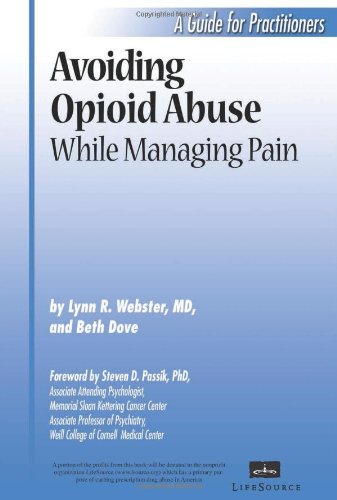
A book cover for Avoiding Opioid Abuse While Managing Pain - A Guide for Practitioners; Lynn R. Webster M.D. and Beth Dove; Health, Fitness & Dieting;